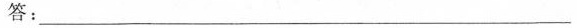
答：\underline